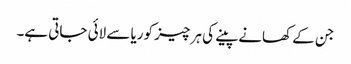
جن کے کھانےپینے کی ہر چیز کوریا سے لائی جاتی ہے۔